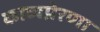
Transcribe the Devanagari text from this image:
काव्यप्रेरणा